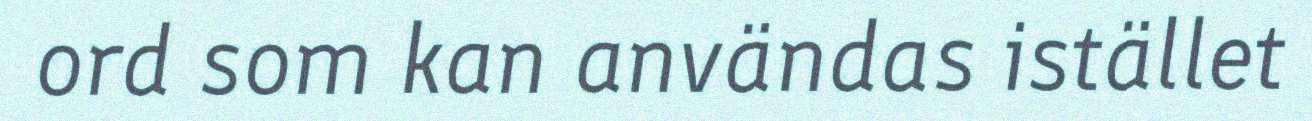
ord som kan användas istället